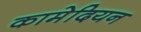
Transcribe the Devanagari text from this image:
कामेदियन